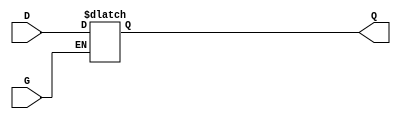
module GatedTransparentLatch (
    input wire D,  // Data input
    input wire G,  // Gate control signal
    output reg Q   // Output
);

// Always block triggered by changes in G or D
always @(*) begin
    if (G) begin
        // When G is high, Q follows D
        Q = D;
    end else begin
        // When G is low, Q holds its last value
        // No assignment is needed; Q retains its previous value
        // This is the default behavior of a reg type in Verilog
    end
end

endmodule